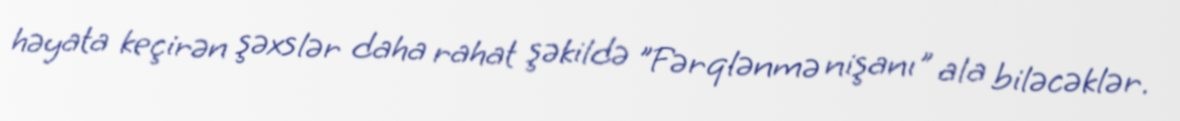
həyata keçirən şəxslər daha rahat şəkildə "Fərqlənmə nişanı" ala biləcəklər.